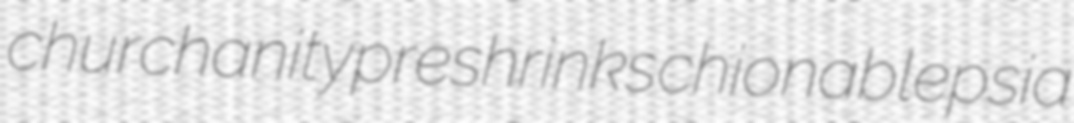
churchanity preshrinks chionablepsia